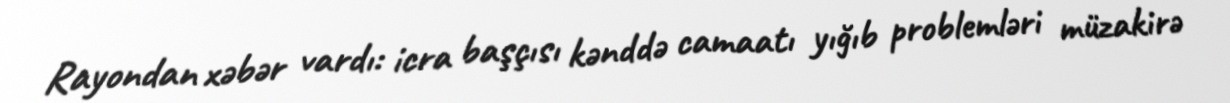
Rayondan xəbər vardı: icra başçısı kənddə camaatı yığıb problemləri müzakirə